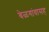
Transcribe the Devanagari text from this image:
बेळगांवासह